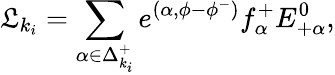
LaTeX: {\cal\mathfrak{L}}_{k_{i}}=\sum_{\alpha\in\Delta_{k_{i}}^{+}}e^{(\alpha,\phi-\phi^{-})}f_{\alpha}^{+}E_{+\alpha}^{0},